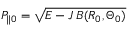
P _ { \| 0 } = \sqrt { E - J \, B ( R _ { 0 } , \Theta _ { 0 } ) }